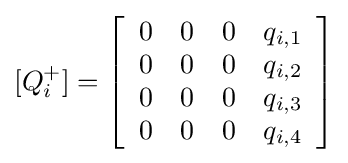
[Q_{i}^{+}]=\left[{\begin{array}{rrrr}0&0&0&q_{i,1}\\0&0&0&q_{i,2}\\0&0&0&q_{i,3}\\0&0&0&q_{i,4}\\\end{array}}\right]